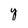
Character: y